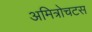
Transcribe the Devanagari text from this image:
अमित्रोचटस